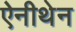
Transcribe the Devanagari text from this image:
ऐनीथेन